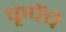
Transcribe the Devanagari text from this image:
कृपेंचे